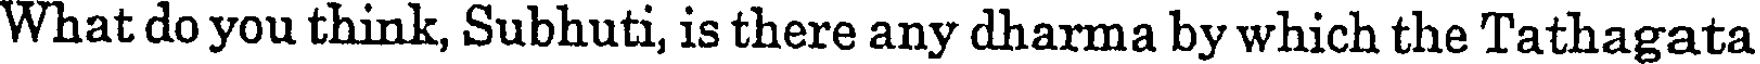
What do you think, Subhuti, is there any dharma by which the Tathagata